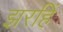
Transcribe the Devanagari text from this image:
झरहिं